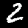
Label: 2